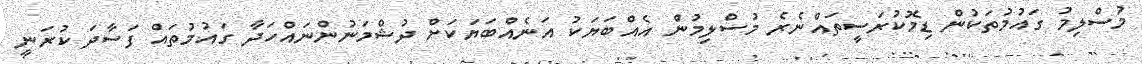
މުސްލިމު ގައުމުތަކުން ޑިމޮކުރަސީތައްނެރެ މުސްލިމުން އެއްބަޔަކު އަނެއްބަޔަކަށް ދުޝްމަނުންނައްހަދާ ގައުމުތައް ފަސާދަ ކުރަނީ